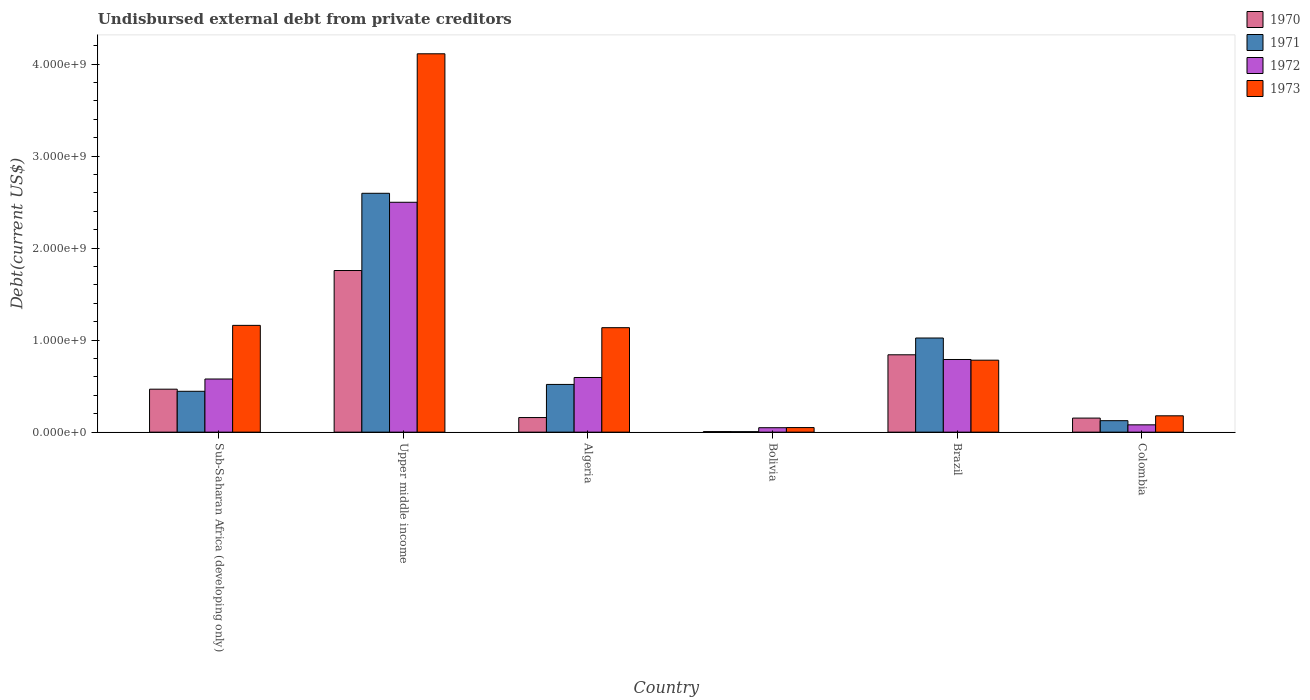
| Country | 1970 | 1971 | 1972 | 1973 |
 | --- | --- | --- | --- | --- |
 | Sub-Saharan Africa (developing only) | 4.67e+08 | 4.44e+08 | 5.77e+08 | 1.16e+09 |
 | Upper middle income | 1.76e+09 | 2.6e+09 | 2.5e+09 | 4.11e+09 |
 | Algeria | 1.59e+08 | 5.18e+08 | 5.94e+08 | 1.14e+09 |
 | Bolivia | 6.05e+06 | 5.25e+06 | 4.82e+07 | 4.98e+07 |
 | Brazil | 8.41e+08 | 1.02e+09 | 7.89e+08 | 7.82e+08 |
 | Colombia | 1.53e+08 | 1.25e+08 | 7.95e+07 | 1.78e+08 |